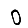
Digit: 0